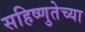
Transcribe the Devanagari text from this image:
सहिष्णुतेच्या